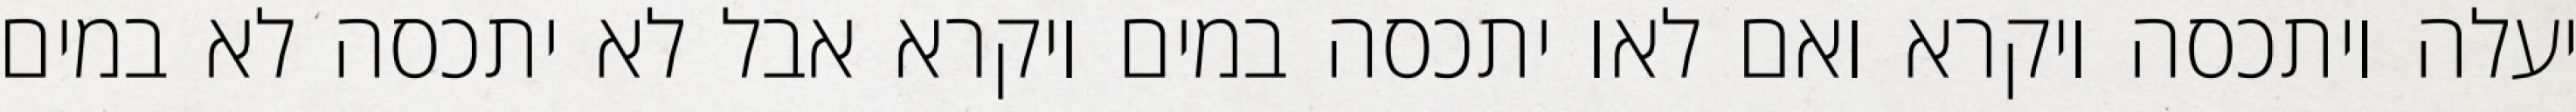
יעלה ויתכסה ויקרא ואם לאו יתכסה במים ויקרא אבל לא יתכסה לא במים